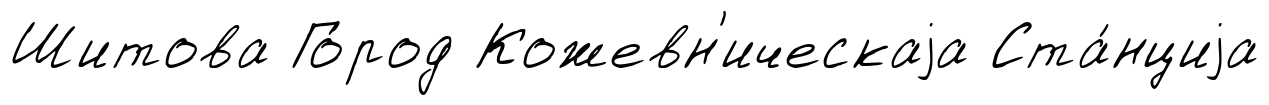
Шитова Го́род Кожевн'ическаjа Ста́нциjа